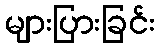
များပြားခြင်း